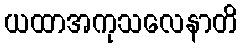
ယထာအကုသလေနာတိ